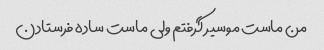
من ماست موسیر گرفتم ولی ماست ساده فرستادن